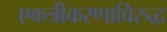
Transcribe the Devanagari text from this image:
एकत्रीकरणाविरुद्ध